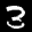
Label: 3